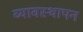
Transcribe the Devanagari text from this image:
व्यावस्थापन